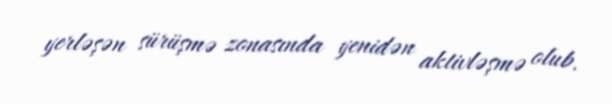
yerləşən sürüşmə zonasında yenidən aktivləşmə olub.